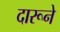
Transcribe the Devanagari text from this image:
दारूने